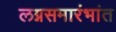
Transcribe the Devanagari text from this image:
लग्नसमारंभांत